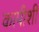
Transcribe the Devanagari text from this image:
कापीशी